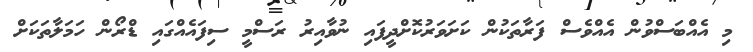
މި އެއްބަސްވުން އެއްވެސް ފަރާތަކުން ކަށަވަރުކޮށްދީފައި ނުވާއިރު ރަސްމީ ސިފައެއްގައި ޑްރޯން ހަމަލާތަކަށް